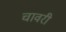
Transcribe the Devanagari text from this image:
चावरी